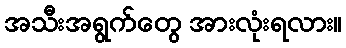
အသီးအရွက်တွေ အားလုံးရလား။